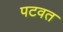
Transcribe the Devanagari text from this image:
पटवत